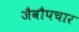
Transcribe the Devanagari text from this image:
जैवौपचार